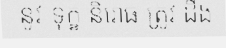
នូវ ទុក្ខ និរោធ ត្រូវ ដឹង